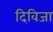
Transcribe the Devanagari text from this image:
दिविजा